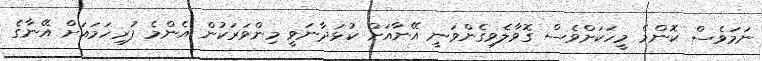
ނަމަވެސް ކޮންމެ މީހަކަށްވެސް ގޮވާލެވިގެންވަނީ އޭނާއަށް ކުޅަދާނަވީ މިންވަރަކުން އެންމެ ފުރިހަމައަށް އޭނާގެ